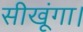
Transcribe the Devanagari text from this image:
सीखूंगा।